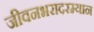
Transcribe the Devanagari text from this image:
जीवनभरादरम्यान